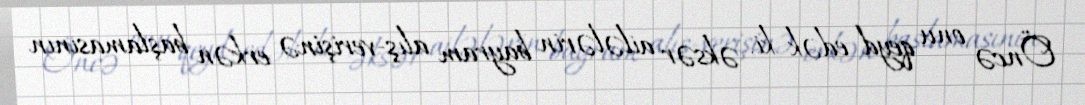
Öncə onu qeyd edək ki, əksər ailələrin bayram alış-verişinə erkən başlamasının